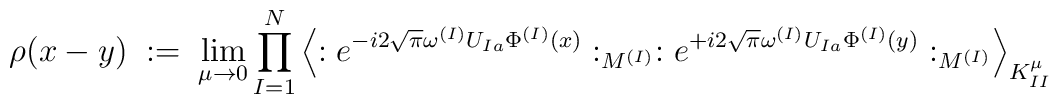
\rho(x-y) \; := \;\lim_{\mu \rightarrow 0}\prod_{I=1}^N\left\langle:e^{-i2 \sqrt{\pi} \omega^{(I)} U_{Ia} \Phi^{(I)}(x)}:_{M^{(I)}}:e^{+i2 \sqrt{\pi} \omega^{(I)} U_{Ia} \Phi^{(I)}(y)}:_{M^{(I)}}\right\rangle_{K^\mu_{II}}